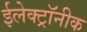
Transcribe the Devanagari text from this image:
ईलेक्ट्रॉनीक